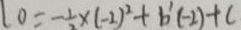
l o = - \frac { 1 } { 2 } \times ( - 2 ) ^ { 2 } + b ^ { \prime } ( - 2 ) + c